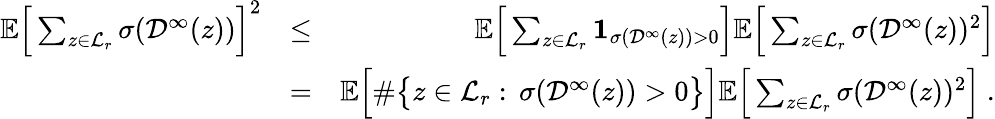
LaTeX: \begin{array}{rlr}{{\mathbb E}\Big[\sum_{z\in\mathcal{L}_{r}}\sigma(\mathcal{D}^{\infty}(z))\Big]^{2}}&{\leq}&{{\mathbb E}\Big[\sum_{z\in\mathcal{L}_{r}}{\textbf{1}}_{\sigma(\mathcal{D}^{\infty}(z))>0}\Big]{\mathbb E}\Big[\sum_{z\in\mathcal{L}_{r}}\sigma(\mathcal{D}^{\infty}(z))^{2}\Big]}\\ &{=}&{{\mathbb E}\Big[\# \big\{ z\in\mathcal{L}_{r}:\, \sigma(\mathcal{D}^{\infty}(z))>0\big\} \Big]{\mathbb E}\Big[\sum_{z\in\mathcal{L}_{r}}\sigma(\mathcal{D}^{\infty}(z))^{2}\Big]~.}\end{array}